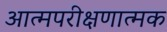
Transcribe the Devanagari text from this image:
आत्मपरीक्षणात्मक